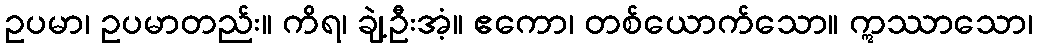
ဥပမာ၊ ဥပမာတည်း။ ကိရ၊ ချဲ့ဦးအံ့။ ဧကော၊ တစ်ယောက်သော။ ဣဿာသော၊